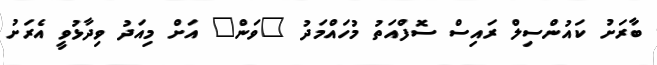
ބާރަށު ކައުންސިލް ރައިސް ސޮފްއަތު މުހައްމަދު "ވަން" އަށް މިއަދު ވިދާޅުވީ އެރަށު